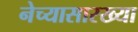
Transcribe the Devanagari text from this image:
नेच्यासारख्या